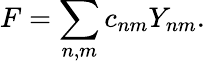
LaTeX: F=\sum_{n,m}c_{nm}Y_{nm}.